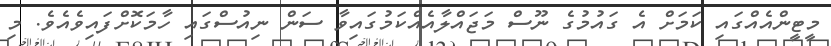
މީޓީންއެއްގައި ކަމަށް އެ ގައުމުގެ ނޫސް މަޖައްލާއެއްކަމުގައިވާ ސަން ނިއުސްގައި ހާމަކޮށްފައިވެއެވެ. މި